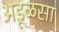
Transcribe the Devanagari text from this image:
अडूळसा